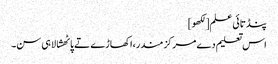
پنڈتائی علم[لکھو]
اس تعلیم دے مرکز مندر،اکھاڑے تے پاٹھشالا ہی سن۔